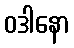
ဝဒါနော